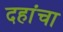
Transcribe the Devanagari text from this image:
दहांचा